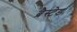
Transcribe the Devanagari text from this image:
ब्रैस्टेड